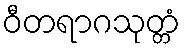
ဝီတရာဂသုတ္တံ